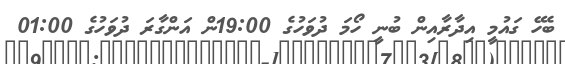
ބެހޭ ގައުމީ އިދާރާއިން ބުނީ ހޯމަ ދުވަހުގެ 19:00ން އަންގާރަ ދުވަހުގެ 01:00